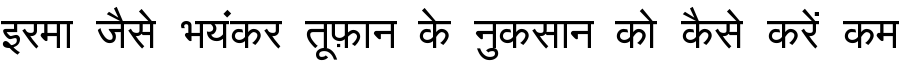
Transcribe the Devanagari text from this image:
इरमा जैसे भयंकर तूफ़ान के नुकसान को कैसे करें कम